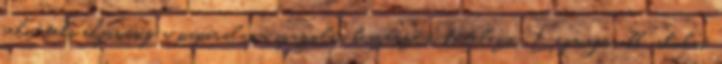
felvételi eljárásig a papíralapú igazolás beszerzése kötelező. Legmagasabb iskolai